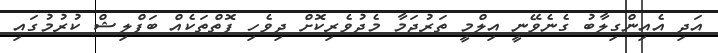
އަދި އެއިންގިލާބު ގެނެވޭނީ އިލްމީ ތަރުޖަމާ މެދުވެރިކޮށް ދިވެހި ފޮތްތަކެއް ބަޕްލިޝް ކުރުމުގައި